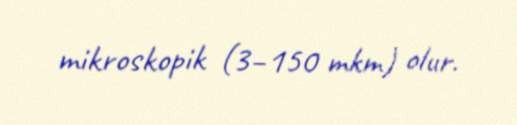
mikroskopik (3–150 mkm) olur.